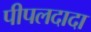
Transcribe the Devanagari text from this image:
पीपलदादा